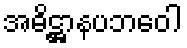
အဓိဋ္ဌာနပဘဝေါ